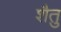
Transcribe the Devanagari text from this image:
शैतु